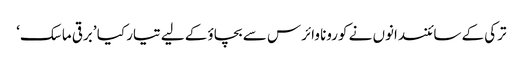
ترکی کے سائنسدانوں نے کورونا وائرس سے بچاؤ کے لیے تیار کیا ’برقی ماسک‘